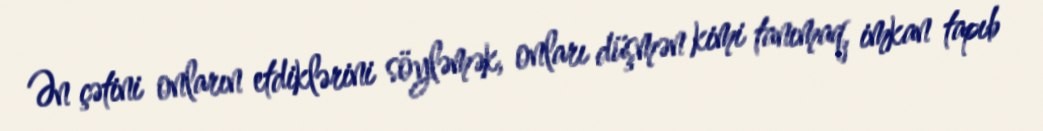
Ən çətini onların etdiklərini söyləmək, onları düşmən kimi tanımaq, imkan tapıb